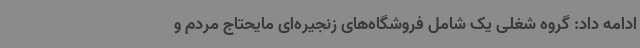
ادامه داد: گروه شغلی یک شامل فروشگاه‌های زنجیره‌ای مایحتاج مردم و